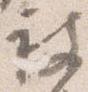
被